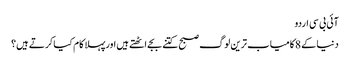
آئی بی سی اردو
دنیا کے 8 کامیاب ترین لوگ صبح کتنے بجے اٹھتے ہیں اورپہلا کام کیا کرتے ہیں؟